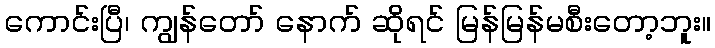
ကောင်းပြီ၊ ကျွန်တော် နောက် ဆိုရင် မြန်မြန်မစီးတော့ဘူး။